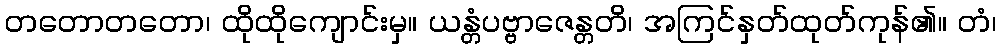
တတောတတော၊ ထိုထိုကျောင်းမှ။ ယန္တံပဗ္ဗာဇေန္တတိ၊ အကြင်နှတ်ထုတ်ကုန်၏။ တံ၊